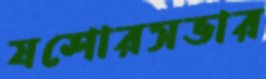
যশোরসভার